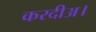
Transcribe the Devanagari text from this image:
करदीअ।